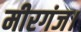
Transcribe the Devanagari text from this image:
मीरगंज।